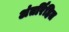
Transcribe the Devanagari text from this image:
अंतर्रिहित